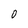
Character: 0